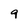
Character: 9